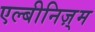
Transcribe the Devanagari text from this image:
एल्बीनिज़्म